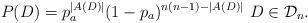
LaTeX: \begin{align*}P(D)=p_a^{|A(D)|} (1-p_a)^{n(n-1)-|A(D)|} \ D\in \mathcal{D}_n .\end{align*}